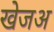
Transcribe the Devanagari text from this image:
खेजअ